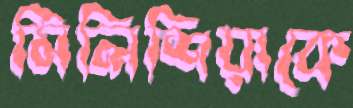
মিলিশিয়াকে